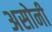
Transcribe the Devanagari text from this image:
असोनी